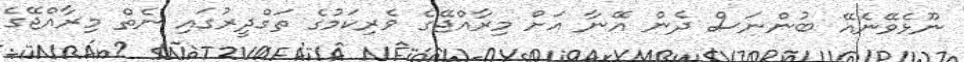
ނޫޅެވޭނެއޭ ބުންނަސް ދެން އޭނާ އަށް މިރާއްޖޭގެ ވެރިކަމުގެ ތަގްދީރުގައި ނެތް މިރާއްްޖޭގެ